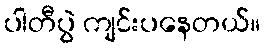
ပါတီပွဲ ကျင်းပနေတယ်။